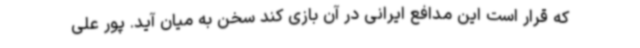
که قرار است این مدافع ایرانی در آن بازی کند سخن به میان آید. پور علی